Vaccine operations Central Provinces 1900-1911 - 1900-1911
Year: 1900
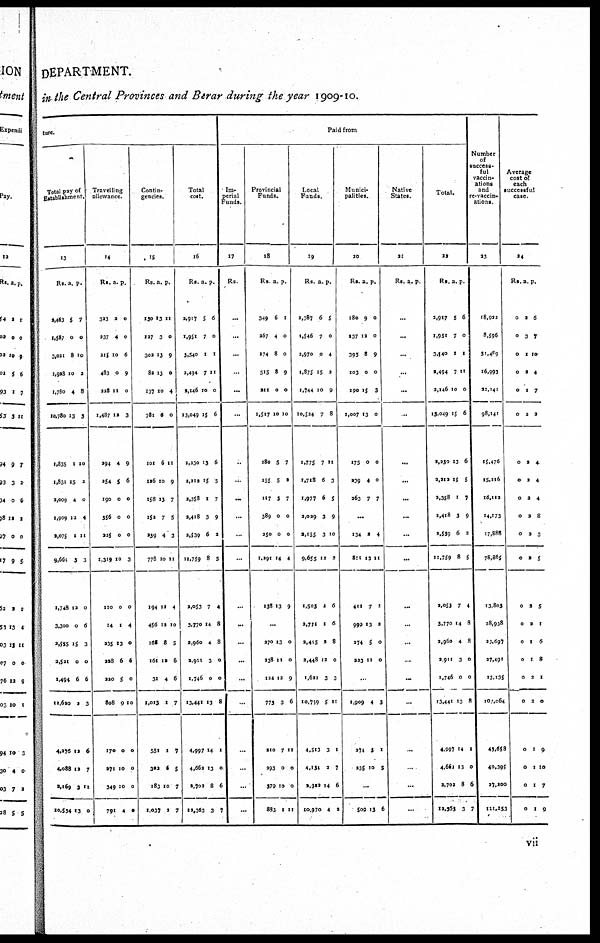
DEPARTMENT.
in the Central Provinces and Berar during the year 1909-10.
ture.
Total pay of
Establishment.
13
Rs.
2,463
1,587
3,021
1,928
1,780
10,780
1,835
1,831
2,009
1,909
2,075
9,661
1,748
3,300
2,555
2,521
1,494
11,620
4,276
4,088
2,169
10,534
a.
5
0
8
10
4
13
1
15
4
12
1
3
12
0
15
0
6
2
12
12
3
13
p.
7
0
10
2
8
3
10
2
0
4
11
3
0
6
3
0
6
3
6
7
11
0
Travelling
allowance.
14
Rs.
323
237
215
483
228
1,487
294
254
190
556
225
1,319
110
14
235
228
220
808
170
271
349
791
a.
2
4
10
0
11
12
4
5
0
0
0
10
0
1
13
6
5
9
0
10
10
4
p.
0
0
6
9
0
3
9
6
0
0
0
3
0
4
0
6
0
10
0
0
0
0
Contin-
gencies.
15
Rs.
130
127
302
82
137
781
101
126
158
152
239
778
194
456
165
161
31
1,013
551
302
183
1,037
a.
13
3
13
13
10
6
6
10
13
7
4
10
11
12
8
12
4
1
1
6
10
2
p.
11
0
9
0
4
0
11
9
7
5
3
11
4
10
5
6
6
7
7
5
7
7
Total
cost.
16
Rs.
2,917
1,951
3,540
2,494
2,146
13,049
2,230
1,212
2,358
2,418
3,539
11,759
2,053
3,770
2,960
2,911
1,746
13,441
4,997
4,662
2,702
12,163
a.
5
7
1
7
10
15
13
15
1
3
6
8
7
14
4
3
0
13
14
13
8
3
p.
6
0
1
11
0
6
6
5
7
9
2
5
4
8
8
0
0
8
1
0
6
7
Paid from
Im-
perial
Funds.
17
Rs.
...
...
...
...
...
...
...
...
...
...
...
...
...
...
...
...
...
...
...
...
...
...
Provincial
Funds.
18
Rs.
349
267
174
515
211
1,517
280
255
117
389
250
1,291
138
a.
6
4
8
8
0
10
5
5
3
0
0
14
13
p.
1
0
0
9
0
10
7
2
7
0
0
4
9
...
270
238
124
772
210
293
379
883
13
11
12
3
7
0
10
1
0
0
9
6
11
0
0
11
Local
Funds.
19
Rs.
2,387
1,546
2,970
1,875
1,744
10,524
1,775
1,718
1,977
2,029
2,155
9,655
1,503
2,711
3,415
2,448
1,621
10,759
4,513
4,134
2,322
10,970
a.
6
7
0
15
10
7
7
6
6
3
3
12
2
1
2
12
3
5
3
3
14
4
p.
5
0
4
3
9
8
11
3
5
9
10
2
6
6
8
0
3
11
1
7
6
2
Munici-
palities.
20
Rs.
180
137
395
103
190
1,007
175
239
263
a.
9
12
8
0
15
13
0
4
7
p.
0
0
9
0
3
0
0
0
7
...
134
811
411
999
274
223
2
11
7
13
5
11
4
11
1
3
0
0
...
1,909
274
235
4
3
10
3
1
5
...
509 13 6
Native
States.
21
Rs. a. p.
...
...
...
...
...
...
...
...
...
...
...
...
...
...
...
...
...
...
...
...
...
...
Total.
22
Rs.
2,917
1,951
3,140
2,494
2,146
15,049
2,230
2,212
2,358
2,418
2,539
11,759
2,053
3,770
2,960
2,911
1,746
13,441
4,997
4,661
2,702
12,363
a.
5
7
1
7
10
15
13
15
1
3
6
8
7
14
4
3
0
13
14
13
8
3
p.
6
0
1
11
0
6
6
5
7
9
2
5
4
8
8
0
0
8
1
0
6
7
Number
of
success-
ful
vaccin-
ations
and
re-vaccin¬
ations.
23
18,922
8,596
31,489
16,993
22,141
98,141
15,476
15,216
16,112
14,173
17,888
78,805
13,803
28,938
23,697
27,491
13,135
107,064
43,658
40,395
27,200
111,253
Average
cost of
each
successful
case.
24
Rs.
0
0
0
0
0
0
0
0
0
0
0
0
0
0
0
0
0
0
0
0
0
0
a.
2
3
1
2
1
2
2
3
2
2
2
2
2
2
1
1
2
2
1
1
1
1
p.
6
7
10
4
7
2
4
4
4
8
3
5
5
1
6
8
1
0
9
10
7
9
vii